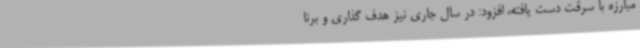
مبارزه با سرقت دست یافته، افزود: در سال جاری نیز هدف گذاری و برنا